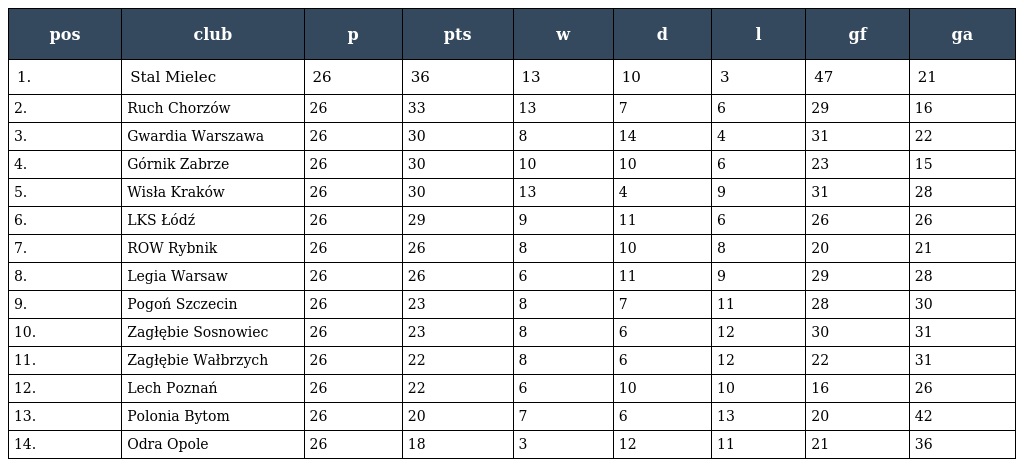
| pos | club | p | pts | w | d | l | gf | ga |
 | --- | --- | --- | --- | --- | --- | --- | --- | --- |
 | 1. | Stal Mielec | 26 | 36 | 13 | 10 | 3 | 47 | 21 |
 | 2. | Ruch Chorzów | 26 | 33 | 13 | 7 | 6 | 29 | 16 |
 | 3. | Gwardia Warszawa | 26 | 30 | 8 | 14 | 4 | 31 | 22 |
 | 4. | Górnik Zabrze | 26 | 30 | 10 | 10 | 6 | 23 | 15 |
 | 5. | Wisła Kraków | 26 | 30 | 13 | 4 | 9 | 31 | 28 |
 | 6. | LKS Łódź | 26 | 29 | 9 | 11 | 6 | 26 | 26 |
 | 7. | ROW Rybnik | 26 | 26 | 8 | 10 | 8 | 20 | 21 |
 | 8. | Legia Warsaw | 26 | 26 | 6 | 11 | 9 | 29 | 28 |
 | 9. | Pogoń Szczecin | 26 | 23 | 8 | 7 | 11 | 28 | 30 |
 | 10. | Zagłębie Sosnowiec | 26 | 23 | 8 | 6 | 12 | 30 | 31 |
 | 11. | Zagłębie Wałbrzych | 26 | 22 | 8 | 6 | 12 | 22 | 31 |
 | 12. | Lech Poznań | 26 | 22 | 6 | 10 | 10 | 16 | 26 |
 | 13. | Polonia Bytom | 26 | 20 | 7 | 6 | 13 | 20 | 42 |
 | 14. | Odra Opole | 26 | 18 | 3 | 12 | 11 | 21 | 36 |